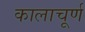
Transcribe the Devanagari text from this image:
कालाचूर्ण